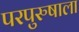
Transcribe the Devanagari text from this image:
परपुरुषाला